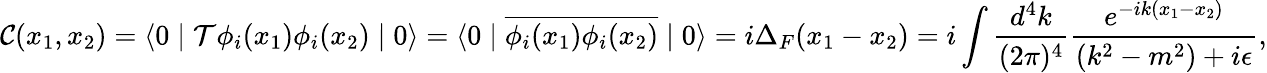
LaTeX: {\mathcal{C}}(x_{1},x_{2})=\left\langle 0\mid{\mathcal{T}}\phi_{i}(x_{1})\phi_{i}(x_{2})\mid 0\right\rangle=\langle 0\mid{\overline{{\phi_{i}(x_{1})\phi_{i}(x_{2})}}}\mid 0\rangle=i\Delta_{F}(x_{1}-x_{2})=i\int{{\frac{d^{4}k}{(2\pi)^{4}}}{\frac{e^{-ik(x_{1}-x_{2})}}{(k^{2}-m^{2})+i\epsilon}}},